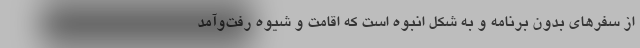
از سفرهای بدون برنامه و به شکل انبوه است که اقامت و شیوه رفت‌وآمد